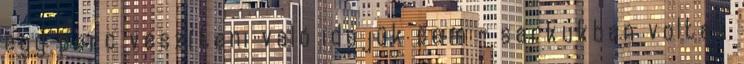
egy perc veszíteni való idejük sem - sarkukban voltak